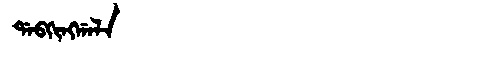
Manchu: ᡩᠠᠪᡴᡳᠩᡤᠠᠯᠠ
Romanization: DABKINGGALA